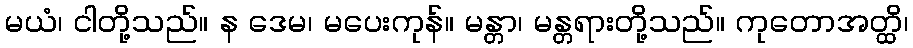
မယံ၊ ငါတို့သည်။ န ဒေမ၊ မပေးကုန်။ မန္တာ၊ မန္တရားတို့သည်။ ကုတောအတ္ထိ၊